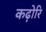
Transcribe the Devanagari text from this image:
कढ़ोरि